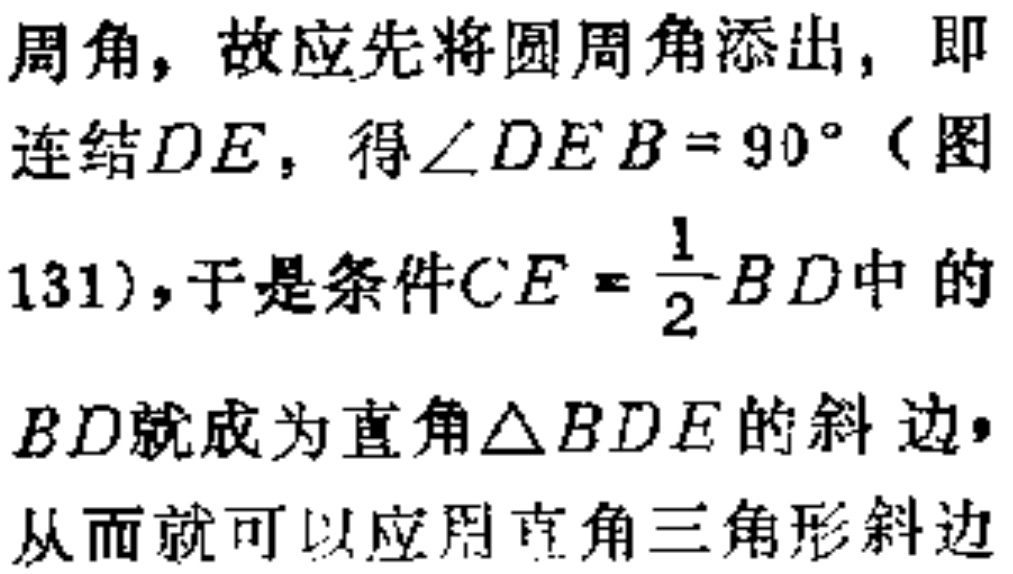
9.4 装修与设计问题